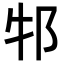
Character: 𬩶